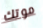
موتك